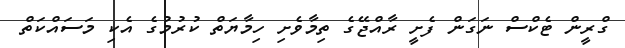
ގްރީން ޓެކްސް ނަގަން ފެށީ ރާއްޖޭގެ ތިމާވެށި ހިމާޔަތް ކުރުމުގެ އެކި މަސައްކަތް